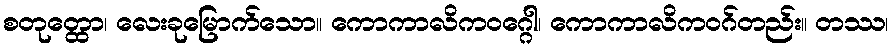
စတုတ္ထော၊ လေးခုမြောက်သော။ ကောကာလိကဝဂ္ဂေါ၊ ကောကာလိကဝဂ်တည်း။ တဿ၊